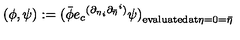
( \phi , \psi ) : = { ( \bar { \phi } { e _ { c } } ^ { ( { { \partial } _ { \eta } } _ { i } { { \partial } _ { \bar { \eta } } } ^ { i } ) } \psi ) } _ { \mathrm { \small e v a l u a t e d a t \mathrm { } } \eta = 0 = \bar { \eta } }